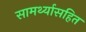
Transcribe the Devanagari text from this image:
सामर्थ्यासहित